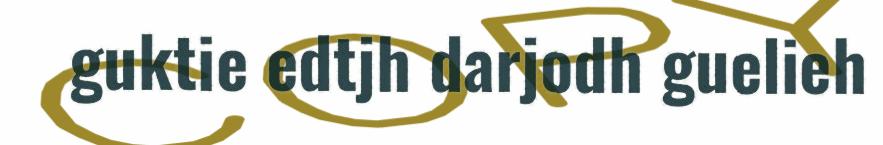
guktie edtjh darjodh guelieh